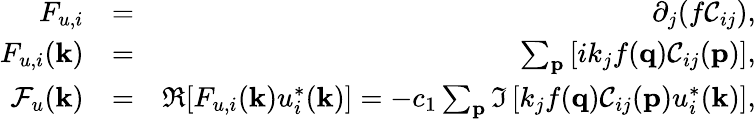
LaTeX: \begin{array}{rlr}{F_{u,i}}&{=}&{\partial_{j}(f\mathcal{C}_{ij}),}\\ {F_{u,i}({\mathbf k})}&{=}&{\sum_{\mathbf p}\left[ik_{j}f({\mathbf q})\mathcal{C}_{ij}({\mathbf p})\right],}\\ {\mathcal{F}_{u}({\mathbf k})}&{=}&{\Re[F_{u,i}({\mathbf k})u_{i}^{*}({\mathbf k})]=-c_{1}\sum_{\mathbf p}\Im\left[k_{j}f({\mathbf q})\mathcal{C}_{ij}({\mathbf p})u_{i}^{*}({\mathbf k})\right],}\end{array}